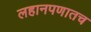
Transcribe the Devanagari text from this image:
लहानपणातच